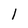
Character: l